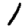
Digit: 1